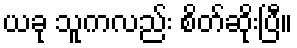
ယခု သူကလည်း စိတ်ဆိုးပြီ။